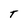
Character: T